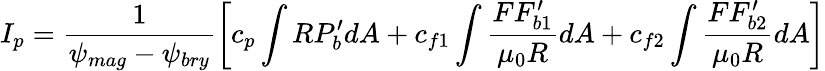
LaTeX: I_{p}=\frac{1}{\psi_{mag}-\psi_{bry}}\left[c_{p}\int RP_{b}^{\prime}dA+c_{f1}\int\frac{FF_{b1}^{\prime}}{\mu_{0}R}dA+c_{f2}\int\frac{FF_{b2}^{\prime}}{\mu_{0}R}dA\right]